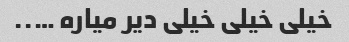
خیلی خیلی خیلی دیر میاره …..